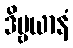
ဒိဗ္ဗယာနံ